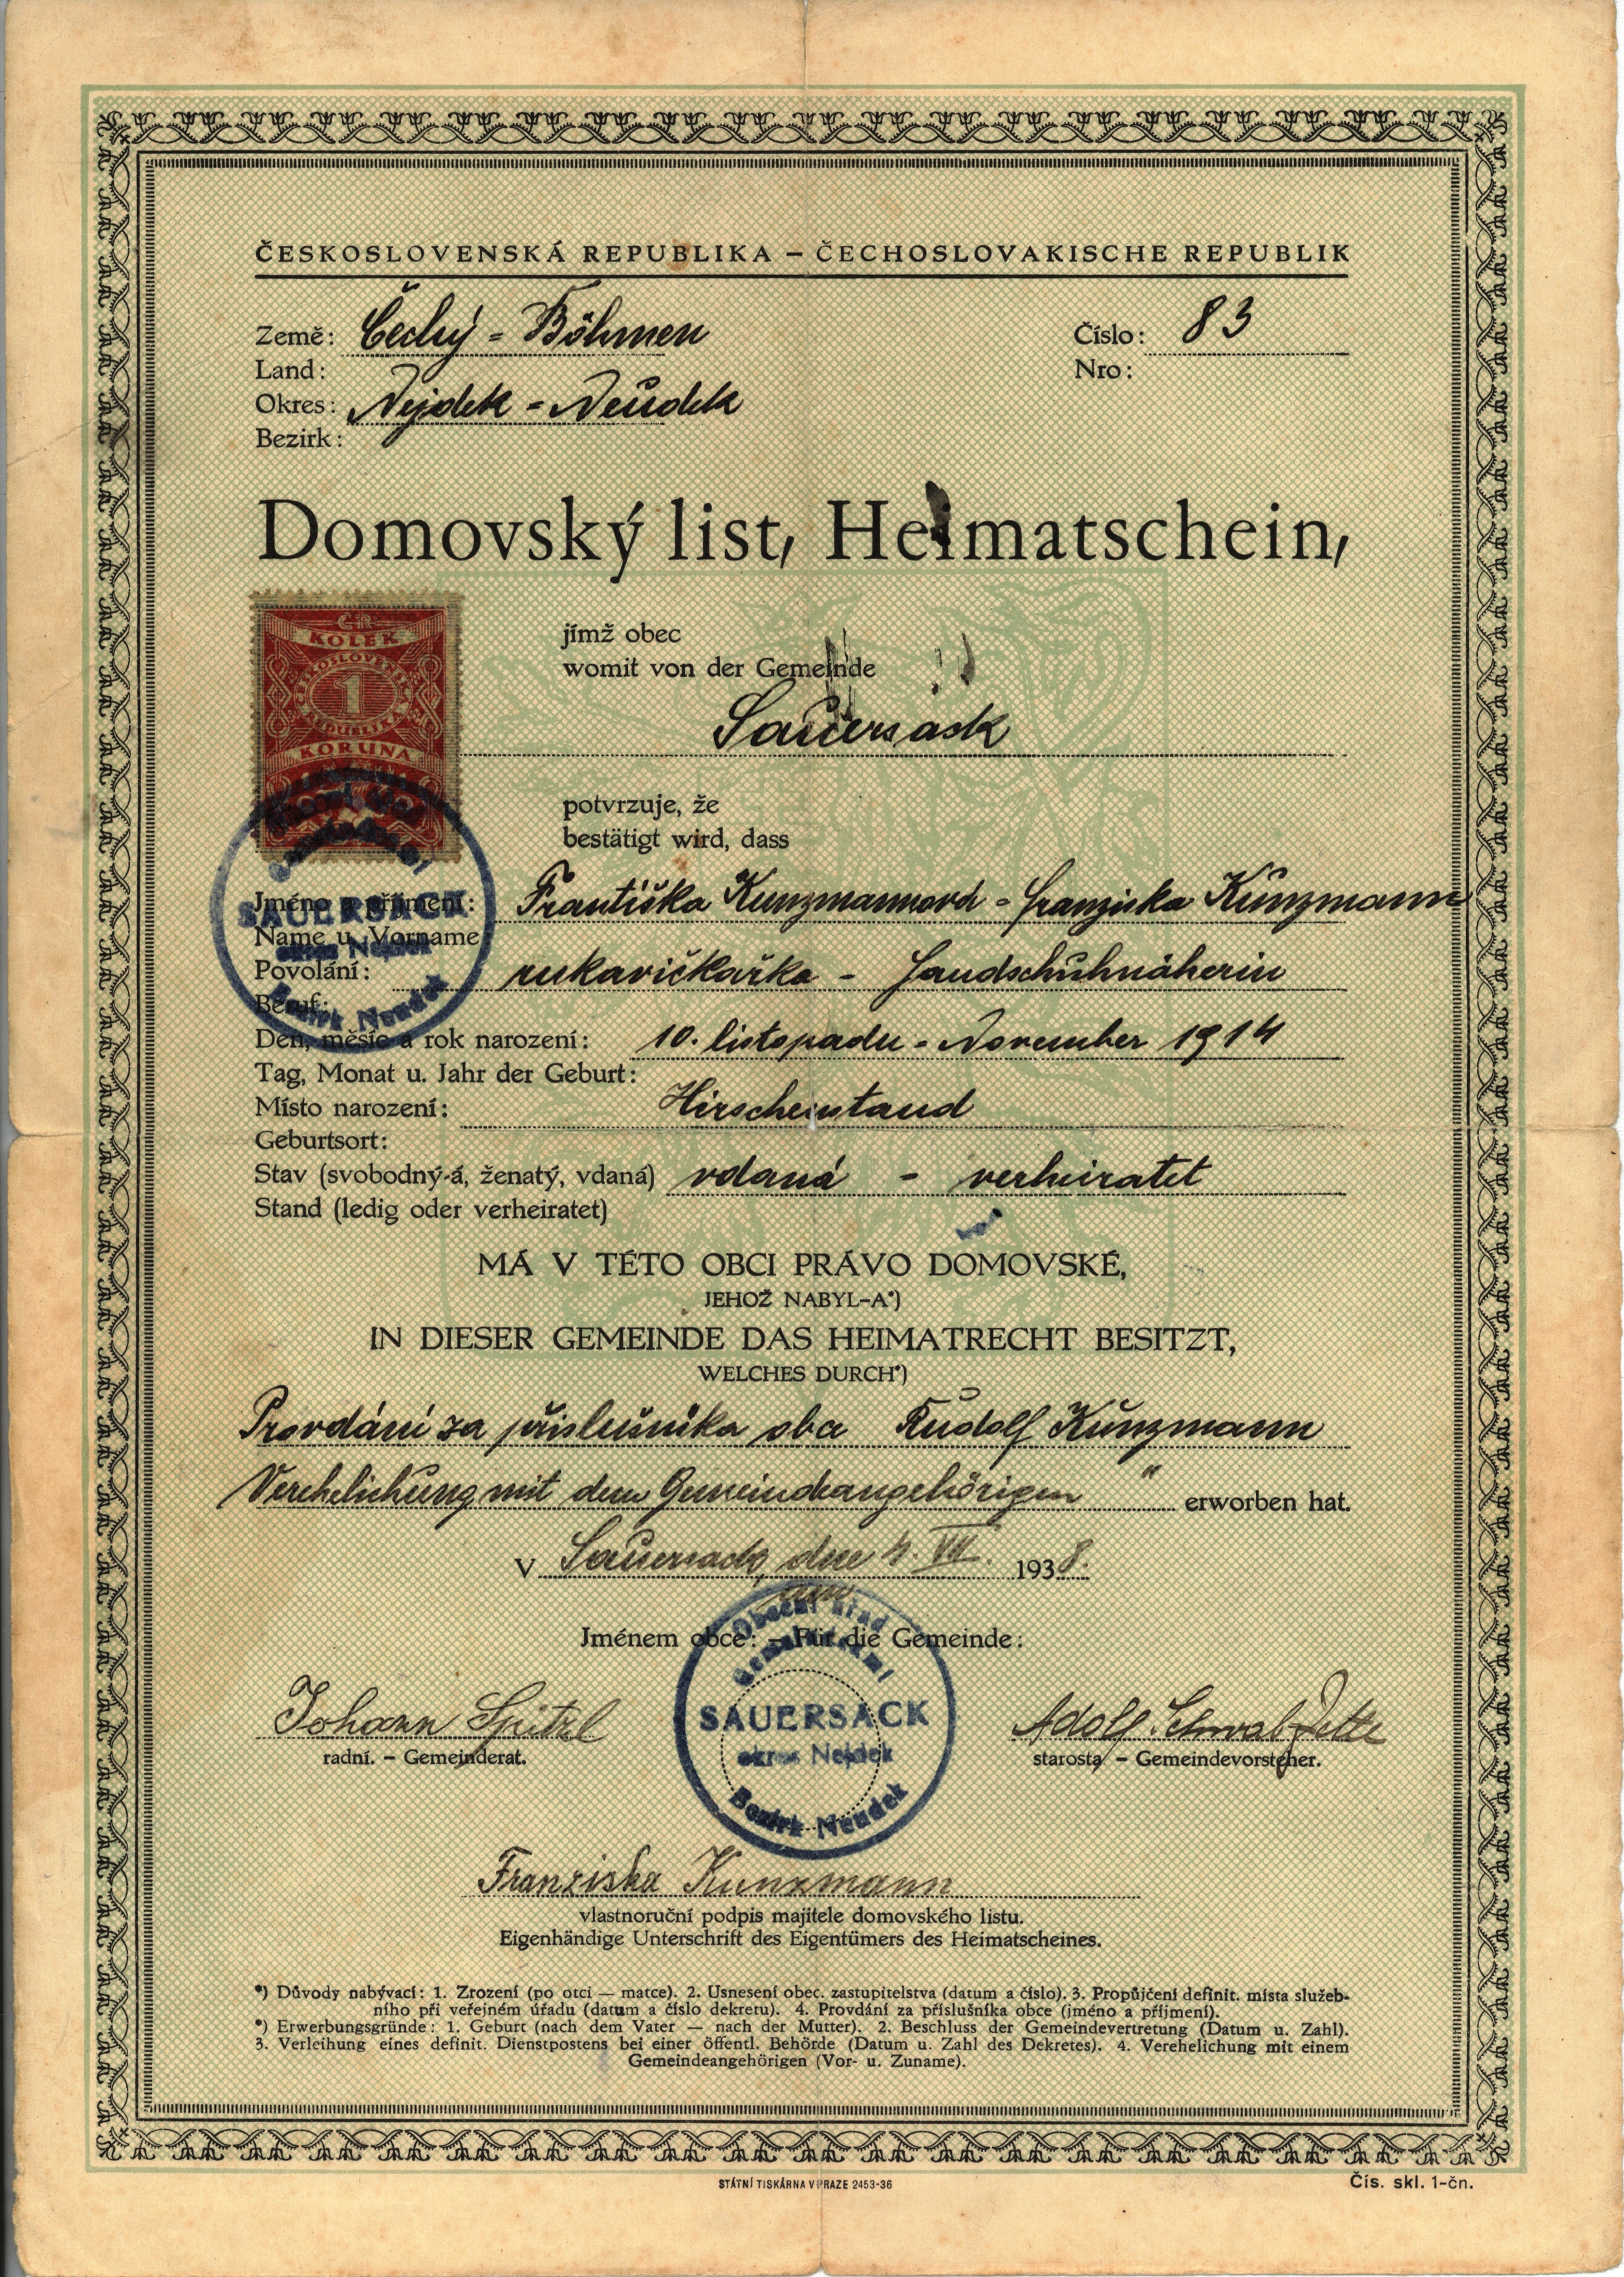
Čechý = Böhmen
Nejdek - Neudek
83
Sauersack
Františka Kunzmannová - Franziska Kunzmann
rukavičkařka - Handschuhnäherin
10. listopadu - November 1914
Hirschenstand
vdaná - verheiratet
Provdáni za přislušnika oba Rudolf Kunzmann
Verehelichung mit dem Gemeindeangehörigen ''
Sauersack, den 4. VII. 1938
am
Johann Spitzl
Adolf Schmalzettl
Franziska Kunzmann